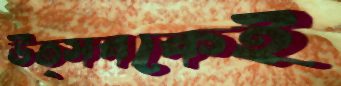
উত্সবকেই